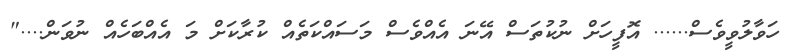
ހަވާލުވީވެސް...... އޮފީހަށް ނުކުތަސް އޭނަ އެއްވެސް މަސައްކަތެއް ކުރާކަށް މަ އެއްބަހެއް ނުވަން...."